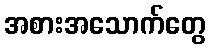
အစားအသောက်တွေ